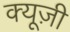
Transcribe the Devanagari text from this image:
क्यूज़ी